Civil Veterinary Dept. Assam report 1927-50 - 1927-1950
Year: 1927
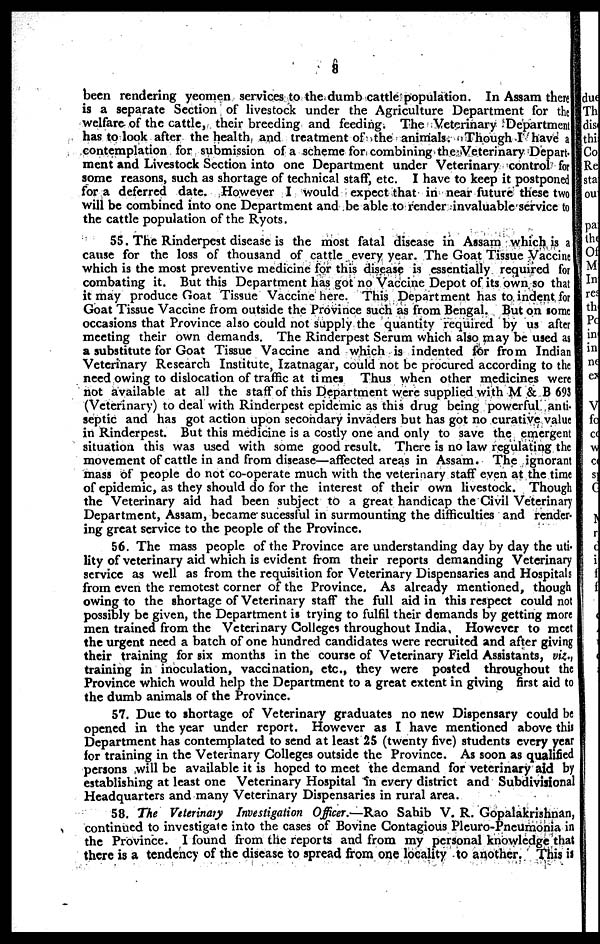
8
been rendering yeomen services to the dumb cattle population. In Assam there
is a separate Section of livestock under the Agriculture Department for the
welfare of the cattle, their breeding and feeding. The Veterinary Department
has to look after the health and treatment of the animals. Though I have a
contemplation for submission of a scheme for combining the Veterinary Depart-
ment and Livestock Section into one Department under Veterinary control for
some reasons, such as shortage of technical staff, etc. I have to keep it postponed
for a deferred date. However I would expect that in near future these two
will be combined into one Department and be able to render invaluable service to
the cattle population of the Ryots.
55. The Rinderpest disease is the most fatal disease in Assam which is a
cause for the loss of thousand of cattle every year. The Goat Tissue Vaccine
which is the most preventive medicine for this disease is essentially required for
combating it. But this Department has got no Vaccine Depot of its own so that
it may produce Goat Tissue Vaccine here. This Department has to indent for
Goat Tissue Vaccine from outside the Province such as from Bengal. But on some
occasions that Province also could not supply the quantity required by us after
meeting their own demands. The Rinderpest Serum which also may be used as
a substitute for Goat Tissue Vaccine and which is indented for from Indian
Veterinary Research Institute, Izatnagar, could not be procured according to the
need owing to dislocation of traffic at times Thus when other medicines were
not available at all the staff of this Department were supplied with M & B 693
(Veterinary) to deal with Rinderpest epidemic as this drug being powerful anti-
septic and has got action upon secondary invaders but has got no curative value
in Rinderpest. But this medicine is a costly one and only to save the emergent
situation this was used with some good result. There is no law regulating the
movement of cattle in and from disease—affected areas in Assam. The ignorant
mass of people do not co-operate much with the veterinary staff even at the time
of epidemic, as they should do for the interest of their own livestock. Though
the Veterinary aid had been subject to a great handicap the Civil Veterinary
Department, Assam, became sucessful in surmounting the difficulties and render-
ing great service to the people of the Province.
56. The mass people of the Province are understanding day by day the uti-
lity of veterinary aid which is evident from their reports demanding Veterinary
service as well as from the requisition for Veterinary Dispensaries and Hospitals
from even the remotest corner of the Province. As already mentioned, though
owing to the shortage of Veterinary staff the full aid in this respect could not
possibly be given, the Department is trying to fulfil their demands by getting more
men trained from the Veterinary Colleges throughout India, However to meet
the urgent need a batch of one hundred candidates were recruited and after giving
their training for six months in the course of Veterinary Field Assistants, viz.,
training in inoculation, vaccination, etc., they were posted throughout the
Province which would help the Department to a great extent in giving first aid to
the dumb animals of the Province.
57. Due to shortage of Veterinary graduates no new Dispensary could be
opened in the year under report. However as I have mentioned above this
Department has contemplated to send at least 25 (twenty five) students every year
for training in the Veterinary Colleges outside the Province. As soon as qualified
persons will be available it is hoped to meet the demand for veterinary aid by
establishing at least one Veterinary Hospital in every district and Subdivisional
Headquarters and many Veterinary Dispensaries in rural area.
58. The Veterinary Investigation Officer.—Rao Sahib V. R. Gopalakrishnan,
continued to investigate into the cases of Bovine Contagious Pleuro-Pneumonia in
the Province. I found from the reports and from my personal knowledge that
there is a tendency of the disease to spread from one locality to another. This is